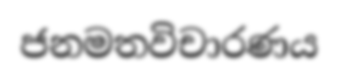
ජනමතවිචාරණය